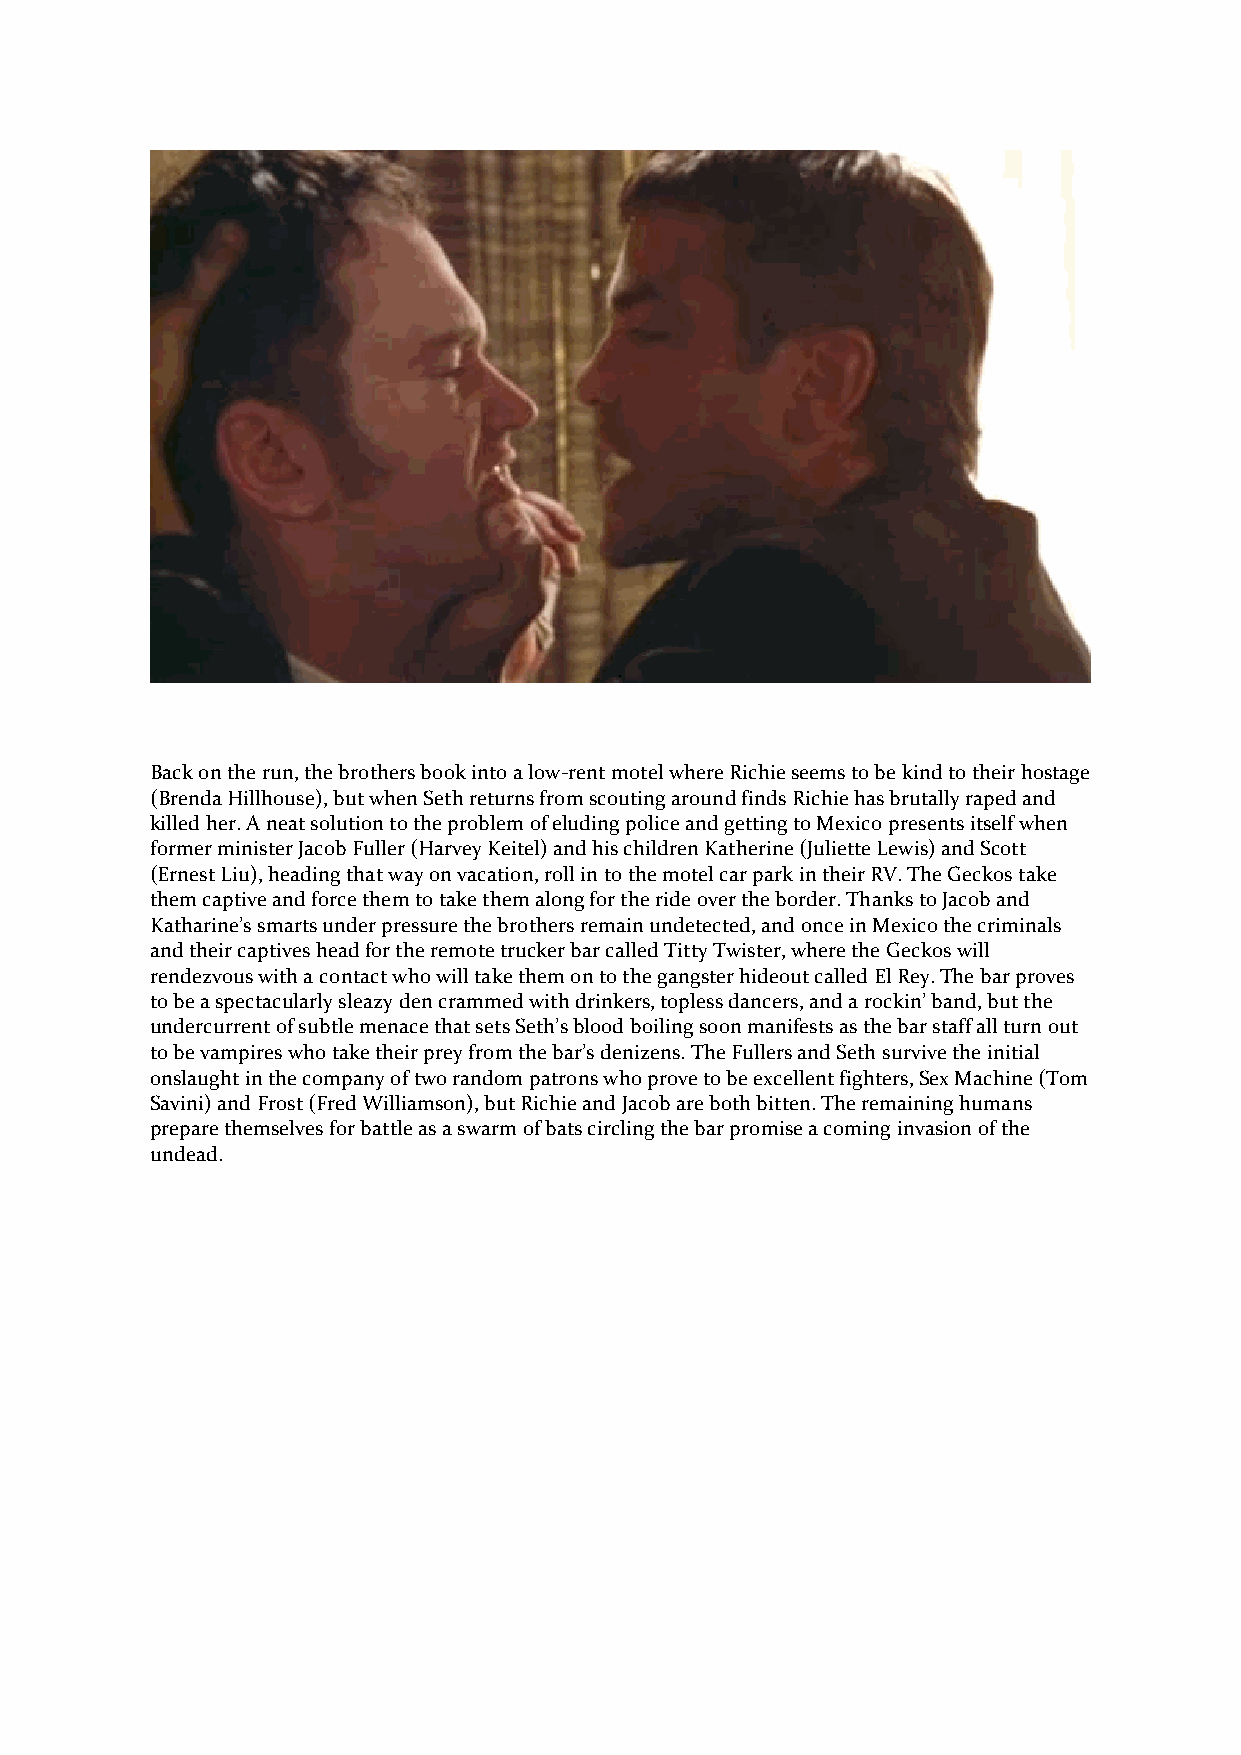
Back on the run, the brothers book into a low-rent motel where Richie seems to be kind to their hostage
 (Brenda Hillhouse), but when Seth returns from scouting around finds Richie has brutally raped and
 killed her. A neat solution to the problem of eluding police and getting to Mexico presents itself when
 former minister Jacob Fuller (Harvey Keitel) and his children Katherine (Juliette Lewis) and Scott
 (Ernest Liu), heading that way on vacation, roll in to the motel car park in their RV. The Geckos take
 them captive and force them to take them along for the ride over the border. Thanks to Jacob and
 Katharine’s smarts under pressure the brothers remain undetected, and once in Mexico the criminals
 and their captives head for the remote trucker bar called Titty Twister, where the Geckos will
 rendezvous with a contact who will take them on to the gangster hideout called El Rey. The bar proves
 to be a spectacularly sleazy den crammed with drinkers, topless dancers, and a rockin’ band, but the
 undercurrent of subtle menace that sets Seth’s blood boiling soon manifests as the bar staff all turn out
 to be vampires who take their prey from the bar’s denizens. The Fullers and Seth survive the initial
 onslaught in the company of two random patrons who prove to be excellent fighters, Sex Machine (Tom
 Savini) and Frost (Fred Williamson), but Richie and Jacob are both bitten. The remaining humans
 prepare themselves for battle as a swarm of bats circling the bar promise a coming invasion of the
 undead.